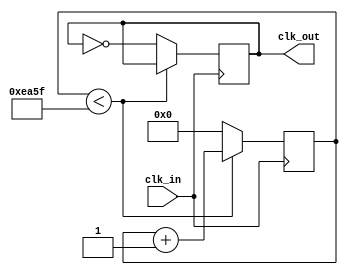
module divider_120k (input clk_in,               // 24MHz
                     output reg clk_out = 1'd0); // 200Hz
    
    //  24MHz  12k  200Hz 
    
    reg [15: 0] counter = 'd0;
    
    always @(posedge clk_in) begin
        if (counter < 'd59999) begin
            counter = counter + 1;
        end
        else begin
            counter = 'd0;
            clk_out = ~clk_out;
        end
    end
    
endmodule